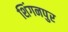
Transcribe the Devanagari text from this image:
शिंगनपुर